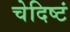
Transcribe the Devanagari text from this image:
चेदिष्टं